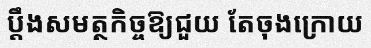
ប្តឹងសមត្ថកិច្ចឱ្យជួយ តែចុងក្រោយ